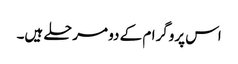
اس پروگرام کے دو مرحلے ہیں۔